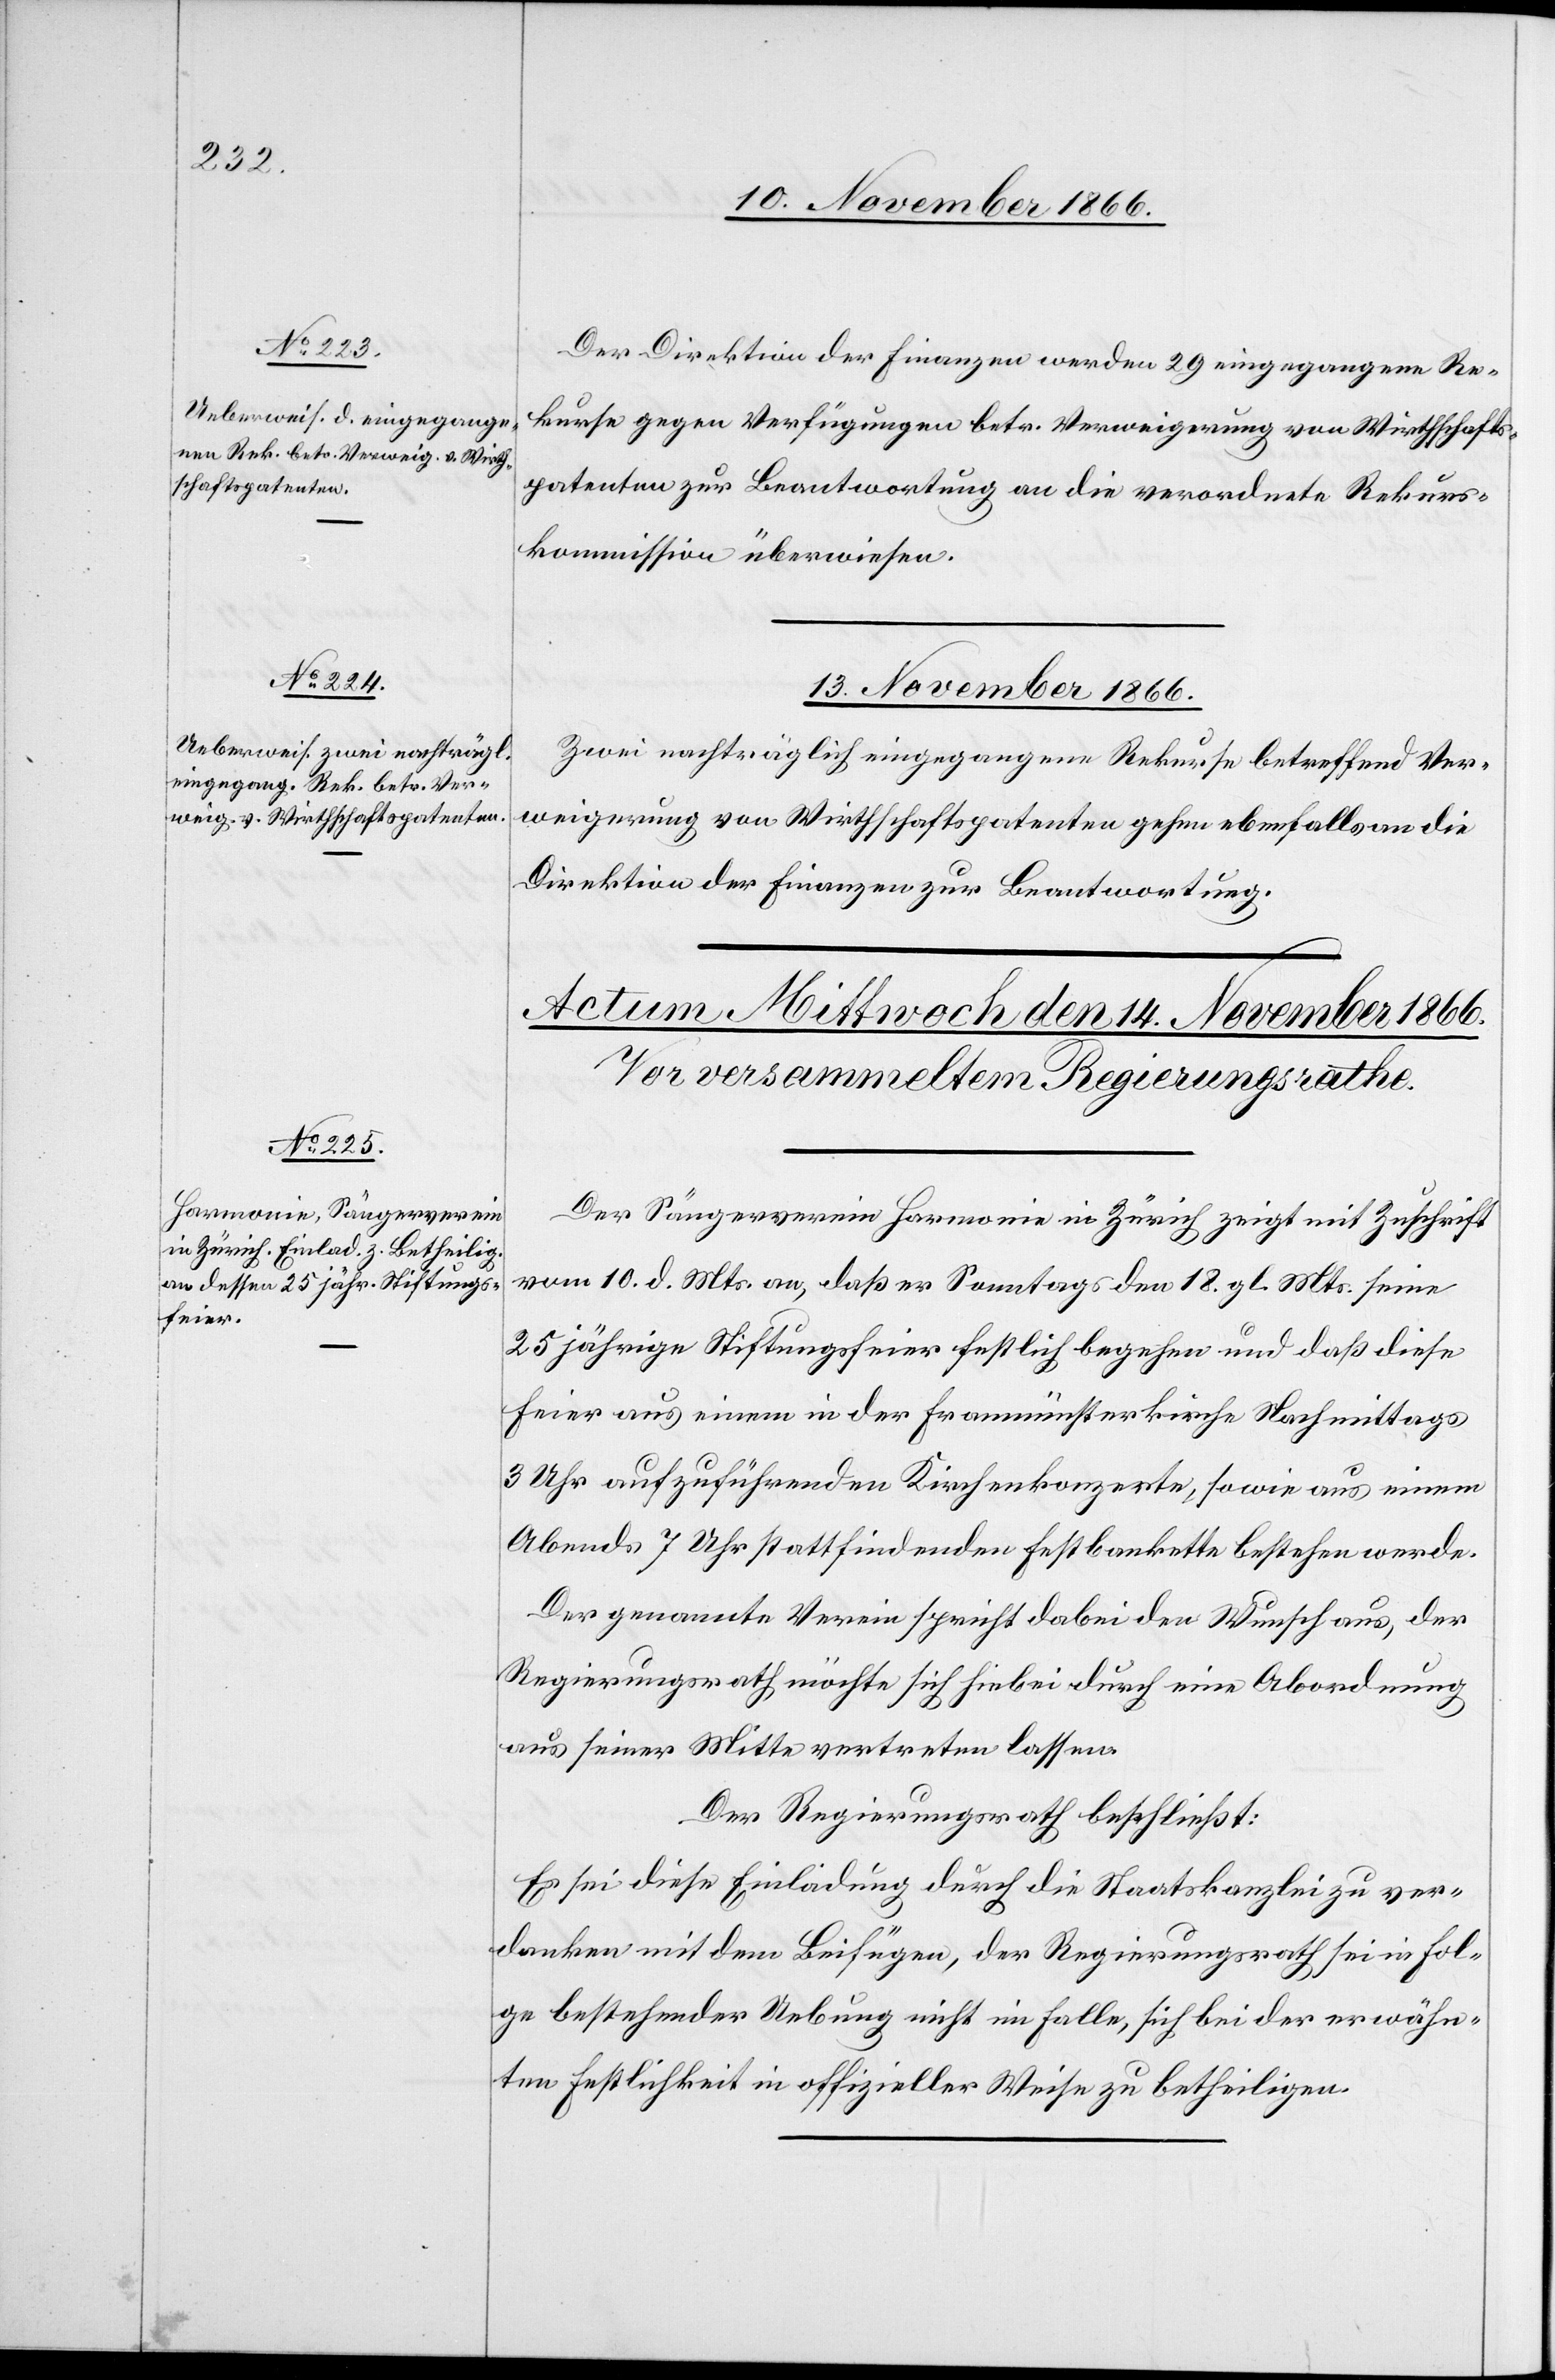
Der Direktion der Finanzen werden 29 eingegangene Re¬
kurse gegen Verfügungen betr. Verweigerung von Wirthschafts¬
patenten zur Beantwortung an die verordnete Rekurs¬
kommission überwiesen.
13. November 1866.
Zwei nachträglich eingegangene Rekurse betreffend Ver¬
weigerung von Wirthschaftspatenten gehen ebenfalls an die
Direktion der Finanzen zur Beantwortung.
Der Sängerverein Harmonie in Zürich zeigt mit Zuschrift
vom 10. d. Mts. an, daß er Sonntags den 18. gl. Mts. seine
25 jährige Stiftungsfeier festlich begehen und daß diese
Feier aus einem in der Fraumünsterkirche Nachmittags
3 Uhr aufzuführenden Kirchenkonzerte, sowie aus einem
Abends 7 Uhr stattfindenden Festbankette bestehen werde.
Der genannte Verein spricht dabei den Wunsch aus, der
Regierungsrath möchte sich hiebei durch eine Abordnung
aus seiner Mitte vertreten lassen.
Der Regierungsrath beschließt:
Es sei diese Einladung durch die Staatskanzlei zu ver¬
danken mit dem Beifügen, der Regierungsrath sei in Fol¬
ge bestehender Uebung nicht im Falle, sich bei der erwähn¬
ten Festlichkeit in offizieller Weise zu betheiligen.